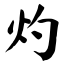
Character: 灼